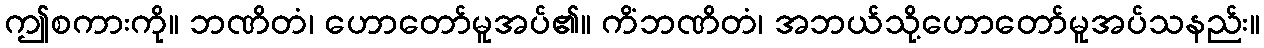
ဤစကားကို။ ဘဏိတံ၊ ဟောတော်မူအပ်၏။ ကိံဘဏိတံ၊ အဘယ်သို့ဟောတော်မူအပ်သနည်း။